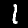
Label: 1